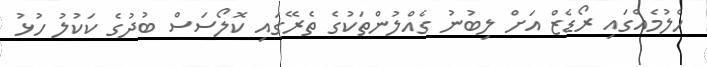
ހެލުމެއްގައި ރޯޑެޒް އަށް ލިބުނު ގެއްލުންތަކުގެ ތެރޭގައި ކޮލޯސަސް ބުދުގެ ކަކުލު ހުޅު